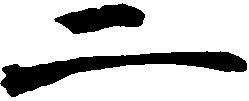
二